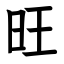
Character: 旺